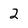
Character: 2